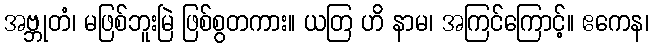
အဗ္ဘုတံ၊ မဖြစ်ဘူးမြဲ ဖြစ်စွတကား။ ယတြ ဟိ နာမ၊ အကြင်ကြောင့်။ ဧကေန၊